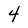
Character: 4